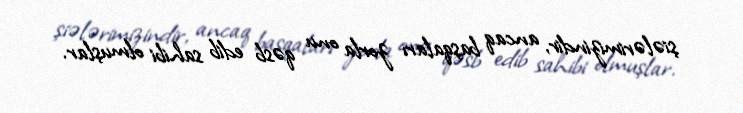
şiələrimizindir, ancaq başqaları zorla onu qəsb edib sahibi olmuşlar.